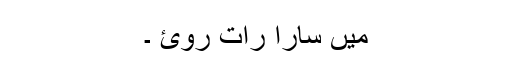
میں سارا رات روئ ۔